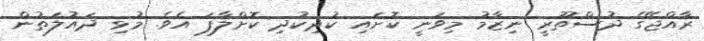
ރާއްޖޭގެ ދުސްތޫރީ ނިޒާމު މިވަނީ ކޮށައި ކުދިކުދި ކޮށްލާފަ އެވެ. މުޅި ދައުލަތުން